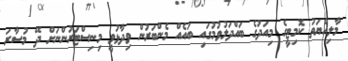
މާލިއްޔަތު ކޮމިޓީގެ މިއަދުގެ ބައްދަލުވުމުގައި ބައެއް މެންބަރުން ވިދާޅުވީ މިނިސްޓަރުންނަށް ދޭ މުސާރަ